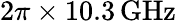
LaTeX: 2\pi\times 10.3\, \mathrm{GHz}